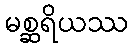
မစ္ဆရိယဿ